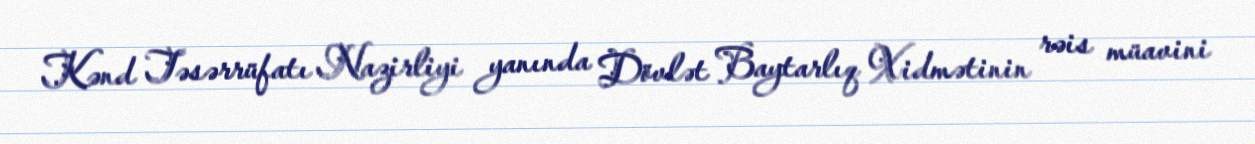
Kənd Təsərrüfatı Nazirliyi yanında Dövlət Baytarlıq Xidmətinin rəis müavini